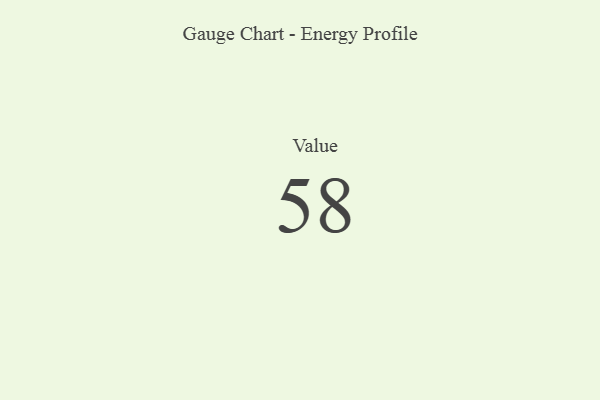
{"axis": {"x": "Metric", "y": "Value"}, "legend": [""], "data": [{"x": "Value", "y": 58, "type": ""}]}